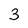
Character: 3